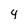
Character: 4